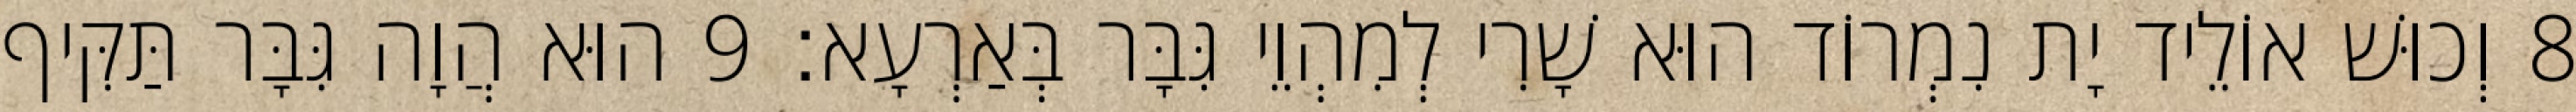
8 וְכוּשׁ אוֹלֵיד יָת נִמְרוֹד הוּא שָׁרִי לְמִהְוֵי גִּבָּר בְּאַרְעָא׃ 9 הוּא הֲוָה גִּבָּר תַּקִּיף